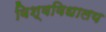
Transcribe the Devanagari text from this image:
विश्‍वविधालय